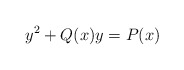
\begin{align*} y^2+Q(x)y=P(x)\end{align*}